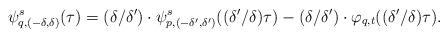
LaTeX: \begin{align*}\psi_{q,(-\delta,\delta)}^s(\tau)= (\delta/\delta') \cdot \psi^s_{p,(-\delta',\delta')}((\delta'/\delta)\tau)- (\delta/\delta')\cdot \varphi_{q,t}((\delta'/\delta)\tau).\end{align*}